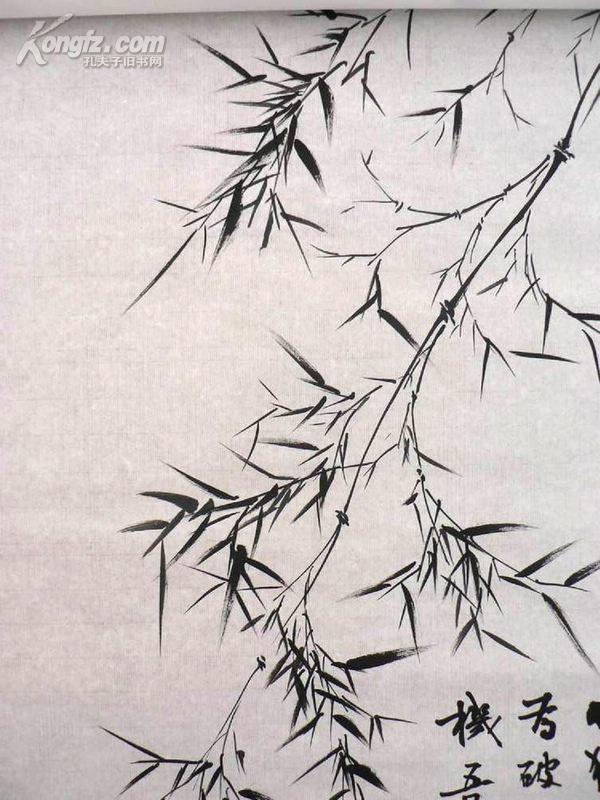
玉树犹难伸，压倒千竿竹。